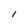
Character: I